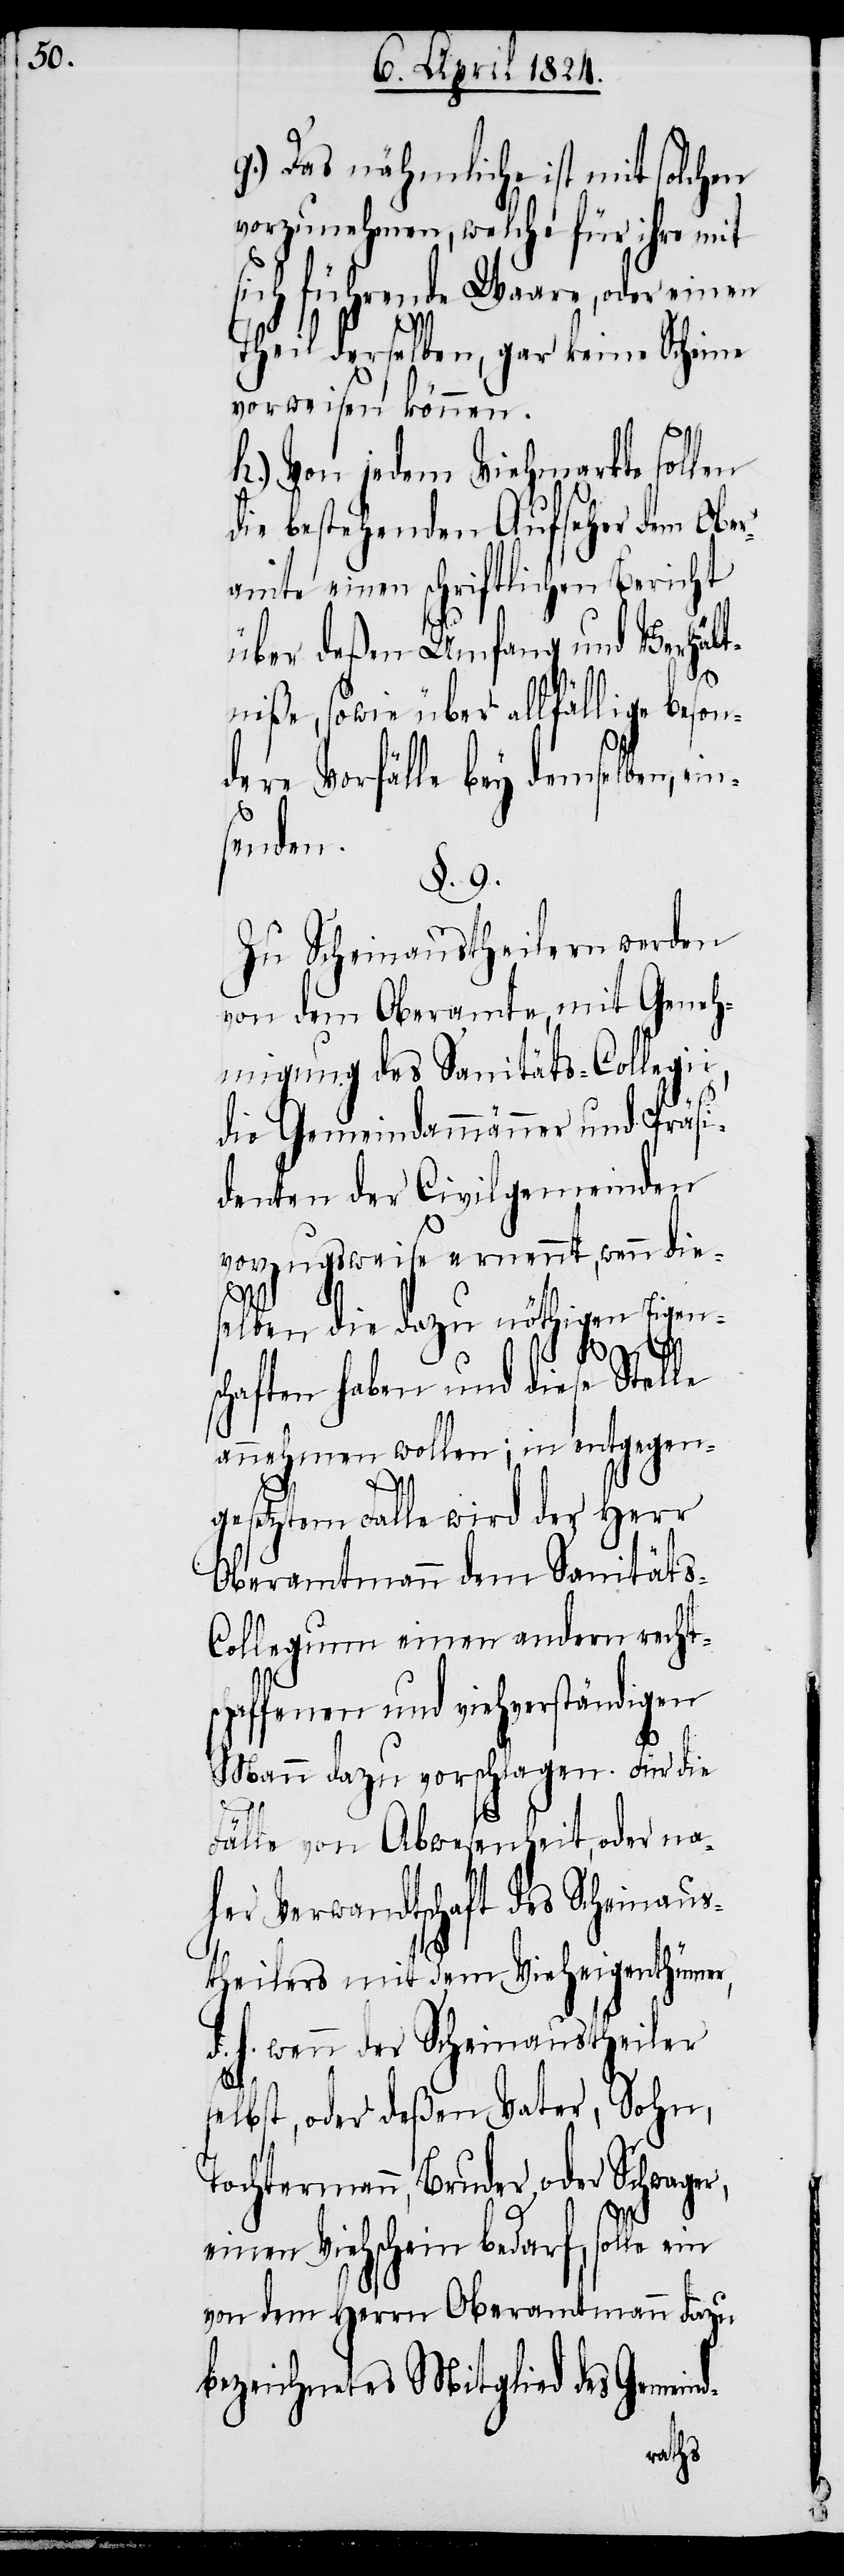
g.) Das nähmliche ist mit solchen
vorzunehmen, welche für ihre mit
sich führende Waare, oder einen
Theil derselben, gar keine Scheine
vorweisen können.
h.) Von jedem Viehmarkte sollen
die bestehenden Aufseher dem Ober¬
amte einen schriftlichen Bericht
d-
über deßen Umfang und Verhält¬
niße, sowie über allfällige beson¬
dere Vorfälle bey demselben, ein¬
senden.
§. 9.
Zu Scheinaustheilern werden
vor dem Oberamte, mit Geneh¬
migung des Sanitäts-Collegii,
die Gemeindammänner und Präsi¬
denten der Civilgemeinden
vorzugsweise ernennt, wenn die¬
selben die dazu nöthigen Eigen¬
schaften haben und diese Stelle
annehmen wollen; in entgegen¬
gesetztem Falle wird der Herr
Oberamtmann dem Sanitäts-C¬
ollegium einen andern recht¬
haffenen und viehverständigen
Mann dazu vorschlagen. Für die
Fälle von Abwesenheit, oder nah¬
er Verwandtschaft des Scheinaus¬
theilers mit dem Vieheigenthümer,
d. h. wenn der Scheinaustheiler
selbst, oder deßen Vater, Sohn,
Tochtermann, Bruder oder Schwager,
einen Viehschein bedarf, solle ein
von dem Herrn Oberamtmann dazu
bezeichnetes Mitglied des Gemein¬